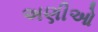
અણીઓ